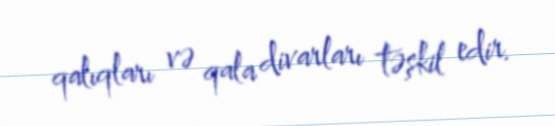
qalıqları və qala divarları təşkil edir.